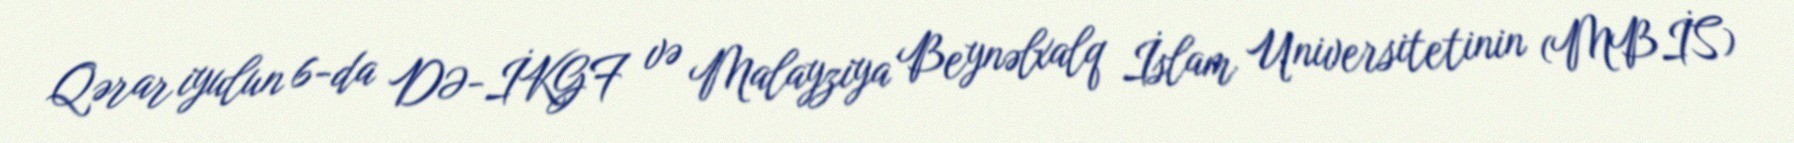
Qərar iyulun 6-da DƏ-İKGF və Malayziya Beynəlxalq İslam Universitetinin (MBİS)